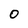
Character: 0